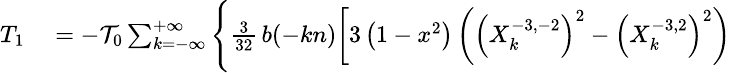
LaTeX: \small\begin{array}{rl}{T_{1}}&{{}=-{\cal T}_{0}\sum_{k=-\infty}^{+\infty}\Bigg\{ \frac{3}{32}\, b(-kn)\bigg[3\left(1-x^{2}\right)\left(\left(X_{k}^{-3,-2}\right)^{2}-\left(X_{k}^{-3,2}\right)^{2}\right)}\end{array}